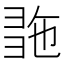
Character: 𢑠